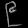
Digit: ၉